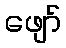
ဖျော်